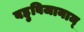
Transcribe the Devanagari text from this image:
बहुबिजानाम्